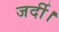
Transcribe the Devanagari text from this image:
जर्दी।